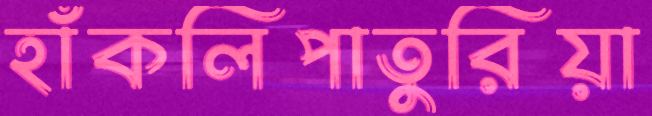
হাঁকলিপাতুরিয়া